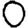
Digit: 0